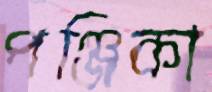
পঞ্জিকা